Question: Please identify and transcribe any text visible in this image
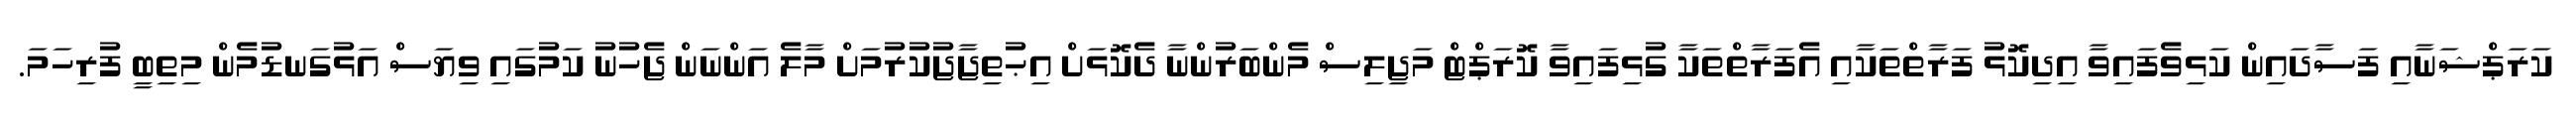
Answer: ކަރަޕްޝަނާއި ފަސާދައިން ކަޅިވެފައިވާ އިދިކޮޅު ފަރާތްތަކާއި އެފަރާތްތަކާ ގުޅިފައިވާ ކޮރަޕްޓް މަޖިލިސް މެންބަރުންނާ ދެކޮޅަށް އިޙުތިޖާޖުކުރުމަށް މާލެ އަންނަން ޖެހުނު ކަމުގައި ވިޔަސް އަޅުގަނޑުމެން މިތިބީ ފުރިހަމަ.